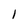
Character: 1